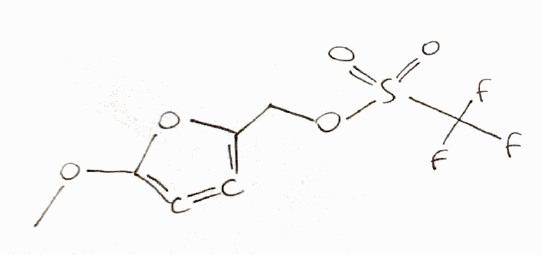
Simplified molecular-input line-entry system (SMILES) notation of the given molecule:
COC1=C=C=C(O1)COS(=O)(=O)C(F)(F)F